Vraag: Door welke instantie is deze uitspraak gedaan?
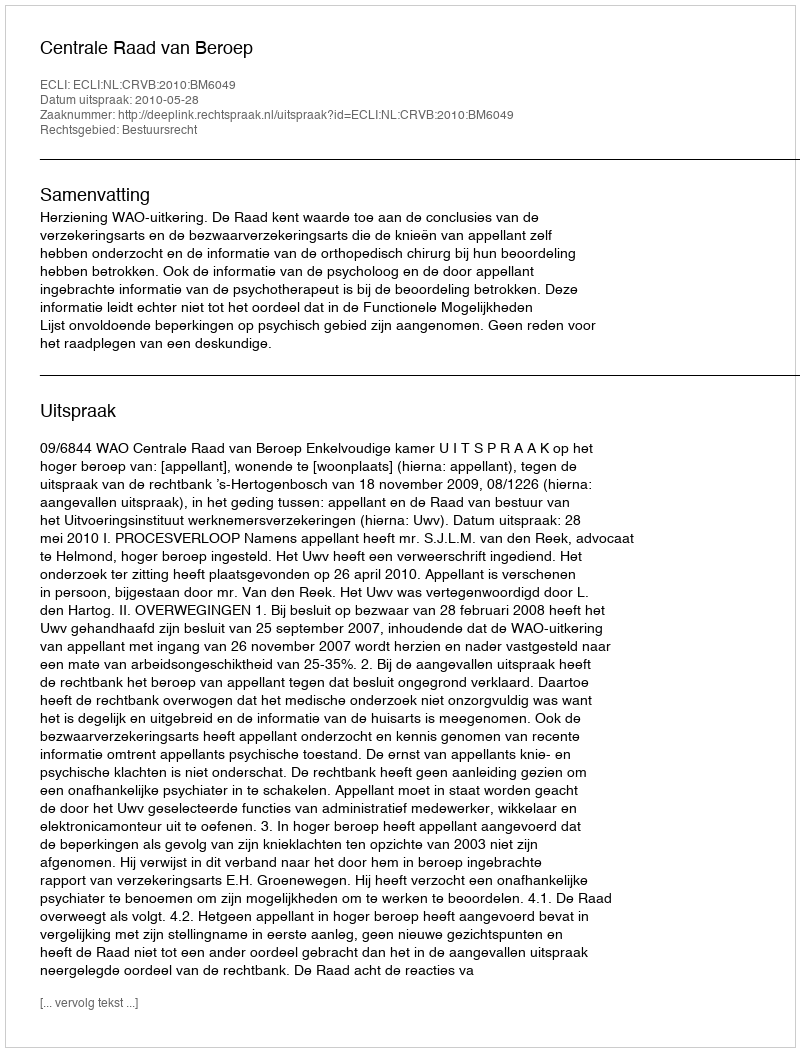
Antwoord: Centrale Raad van Beroep